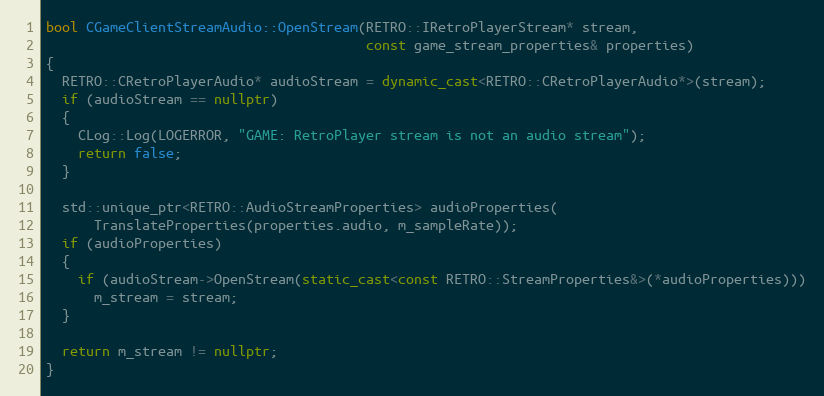
Language: C++
bool CGameClientStreamAudio::OpenStream(RETRO::IRetroPlayerStream* stream,
                                        const game_stream_properties& properties)
{
  RETRO::CRetroPlayerAudio* audioStream = dynamic_cast<RETRO::CRetroPlayerAudio*>(stream);
  if (audioStream == nullptr)
  {
    CLog::Log(LOGERROR, "GAME: RetroPlayer stream is not an audio stream");
    return false;
  }

  std::unique_ptr<RETRO::AudioStreamProperties> audioProperties(
      TranslateProperties(properties.audio, m_sampleRate));
  if (audioProperties)
  {
    if (audioStream->OpenStream(static_cast<const RETRO::StreamProperties&>(*audioProperties)))
      m_stream = stream;
  }

  return m_stream != nullptr;
}